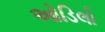
ઓડિલો